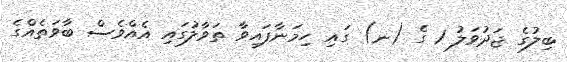
ބިލުގެ ޖަދުވަލު 1 ގެ (ނ) ގައި ހިމަނާފައިވާ ތަވާލުގައި އެއްވެސް ބާވަތެއްގެ